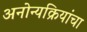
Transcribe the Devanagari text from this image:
अनोन्यक्रियांचा